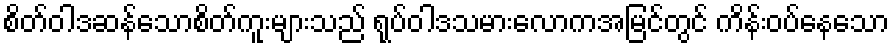
စိတ်ဝါဒဆန်သောစိတ်ကူးများသည် ရုပ်ဝါဒသမားလောကအမြင်တွင် ကိန်းဝပ်နေသော